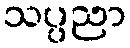
သပ္ပညာ